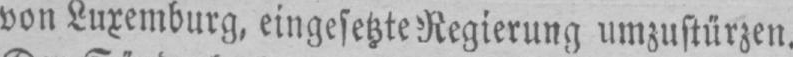
von Luxemburg, eingesetzte Regierung umzustürzen.